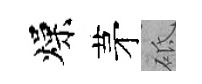
燥茅砥